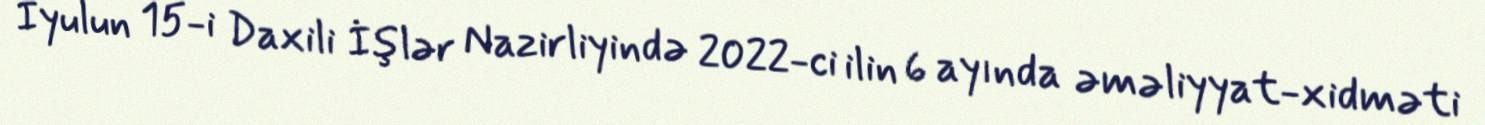
İyulun 15-i Daxili İşlər Nazirliyində 2022-ci ilin 6 ayında əməliyyat-xidməti